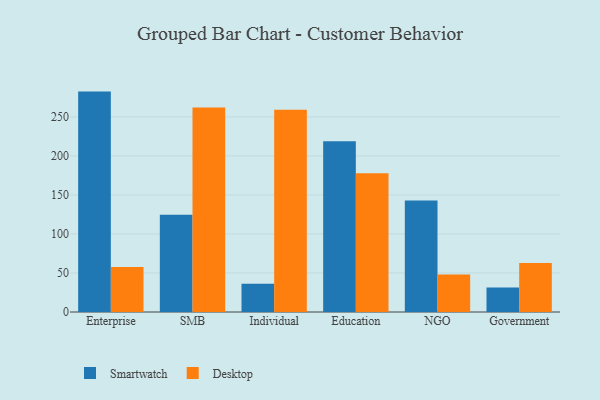
{"axis": {"x": "Segment", "y": "Energy Usage (MWh)"}, "legend": ["Desktop", "Smartwatch"], "data": [{"x": "Enterprise", "y": 282.4, "type": "Smartwatch"}, {"x": "Enterprise", "y": 57.7, "type": "Desktop"}, {"x": "SMB", "y": 124.5, "type": "Smartwatch"}, {"x": "SMB", "y": 261.9, "type": "Desktop"}, {"x": "Individual", "y": 36.3, "type": "Smartwatch"}, {"x": "Individual", "y": 259.0, "type": "Desktop"}, {"x": "Education", "y": 218.8, "type": "Smartwatch"}, {"x": "Education", "y": 177.9, "type": "Desktop"}, {"x": "NGO", "y": 143.0, "type": "Smartwatch"}, {"x": "NGO", "y": 48.0, "type": "Desktop"}, {"x": "Government", "y": 31.4, "type": "Smartwatch"}, {"x": "Government", "y": 62.7, "type": "Desktop"}]}